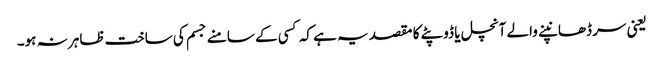
یعنی سر ڈھانپنے والے آنچل یا ڈوپٹے کا مقصد یہ ہے کہ کسی کے سامنے جسم کی ساخت ظاہر نہ ہو۔